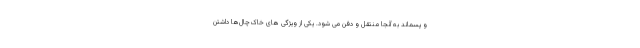
و پسماند به آنجا منتقل و دفن می شود. یکی از ویژگی های خاک‌چال‌ها داشتن